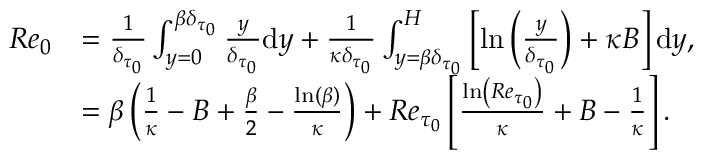
\begin{array} { r l } { R e _ { 0 } } & { = \frac { 1 } { \delta _ { \tau _ { 0 } } } \int _ { y = 0 } ^ { { \beta } \delta _ { \tau _ { 0 } } } \frac { y } { \delta _ { \tau _ { 0 } } } \mathrm { d } y + \frac { 1 } { \kappa \delta _ { \tau _ { 0 } } } \int _ { y = { \beta } \delta _ { \tau _ { 0 } } } ^ { H } \left[ \ln \left( \frac { y } { \delta _ { \tau _ { 0 } } } \right) + \kappa B \right] \mathrm { d } y , } \\ & { = \beta \left( \frac { 1 } { \kappa } - B + \frac { { \beta } } { 2 } - \frac { \ln ( { \beta } ) } { \kappa } \right) + R e _ { \tau _ { 0 } } \left[ \frac { \ln \left( R e _ { \tau _ { 0 } } \right) } { \kappa } + B - \frac { 1 } { \kappa } \right] . } \end{array}